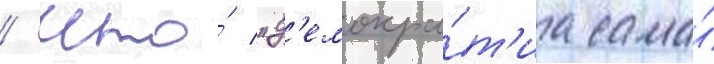
/ что́ "д'емокра́т'иа сама́